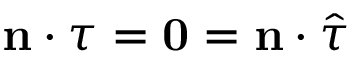
\mathbf { n } \cdot \boldsymbol { \tau } = \mathbf { 0 } = \mathbf { n } \cdot \hat { \boldsymbol { \tau } }